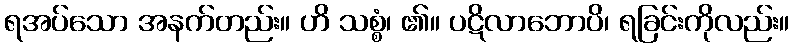
ရအပ်သော အနက်တည်း။ ဟိ သစ္စံ၊ ၏။ ပဋိလာဘောပိ၊ ရခြင်းကိုလည်း။